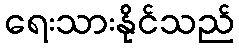
ရေးသားနိုင်သည်